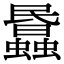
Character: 𧓹